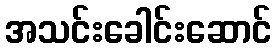
အသင်းခေါင်းဆောင်